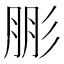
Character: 𱝣